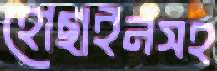
হোছাইনসহ